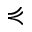
\curlyeqprec